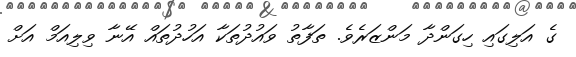
ގެ އަލިގައި ހިގަންދާ މަންޒަރެވެ. ތަފާތު ވައުދުތަކާ އަހުދުތައް އޭނާ ވިލިއަމް އަށް